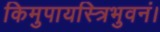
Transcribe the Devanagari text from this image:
किमुपायस्त्रिभुवनं।